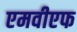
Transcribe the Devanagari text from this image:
एमवीएफ